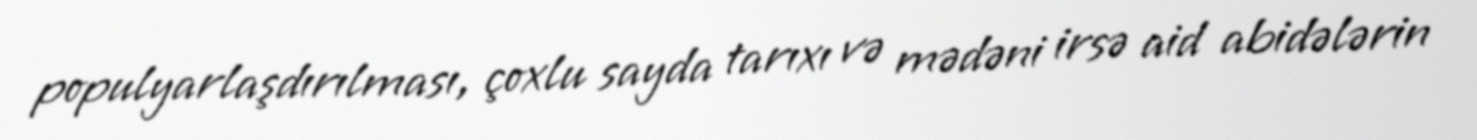
populyarlaşdırılması, çoxlu sayda tarıxı və mədəni irsə aid abidələrin